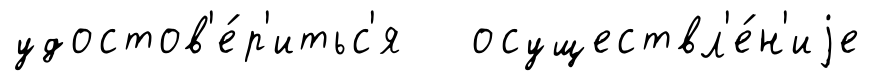
удостов'е́р'итьс'я осуществл'е́н'иjе